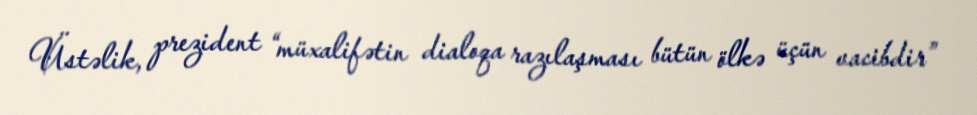
Üstəlik, prezident “müxalifətin dialoqa razılaşması bütün ölkə üçün vacibdir”